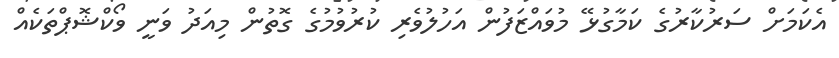
އެކަަމަށް ސަރުކާރުގެ ކަމާގުޅޭ މުވައްޒަފުން އަހުލުވެރި ކުރުވުމުގެ ގޮތުން މިއަދު ވަނީ ވޯކްޝޮޕްތަކެއް